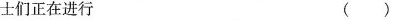
士们正在进行 ( )